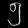
Digit: ၅